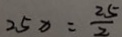
2 5 x = \frac { 2 5 } { 2 }